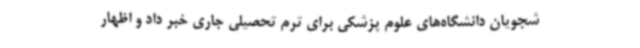
شجویان دانشگاه‌های علوم پزشکی برای ترم تحصیلی جاری خبر داد و اظهار